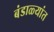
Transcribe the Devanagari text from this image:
बंडाळ्यांत